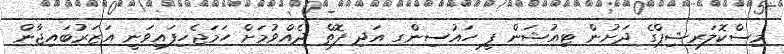
މިސްކޮލަރޝިޕްގެ ދަށުން ޓިއުޝަން ފީ ހައުސިންގ އަދި ފޮތް ދެއްވުމަށް ހަމަޖެހިފައިވަނީ އަޒަރުބައިޖާން